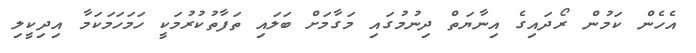
އެެހެން ކަމުން ރޯދައިގެ އިނާޔަތް ދިނުމުގައި މަގާމަށް ބަލައި ތަފާތުކުރުމަކީ ހަމަހަމަކަމާ އިދިކީލި